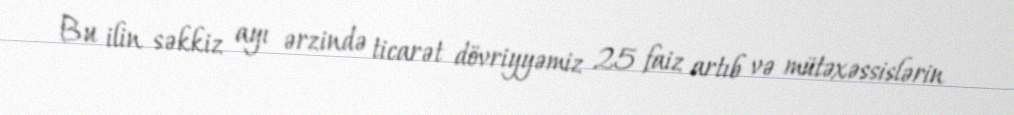
Bu ilin səkkiz ayı ərzində ticarət dövriyyəmiz 25 faiz artıb və mütəxəssislərin